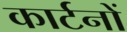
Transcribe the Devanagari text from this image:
कार्टनों